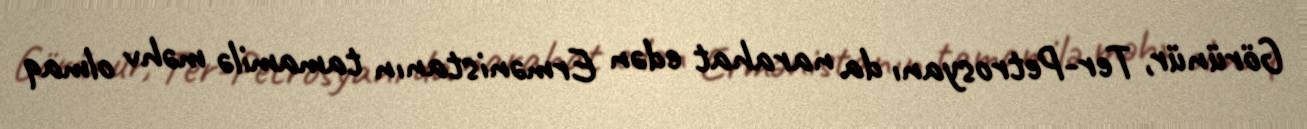
Görünür, Ter-Petrosyanı da narahat edən Ermənistanın tamamilə məhv olmaq